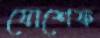
যোশেফ